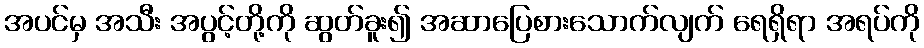
အပင်မှ အသီး အပွင့်တို့ကို ဆွတ်ခူး၍ အဆာပြေစားသောက်လျက် ရေရှိရာ အရပ်ကို